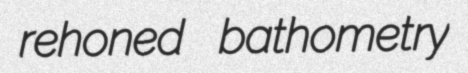
rehoned bathometry